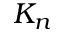
K _ { n }